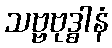
သဗ္ဗဗုဒ္ဓါနံ